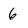
Character: 6